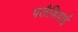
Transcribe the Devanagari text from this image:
पलैडियाई